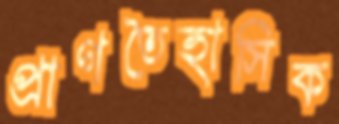
প্রাগতৈহাসিক